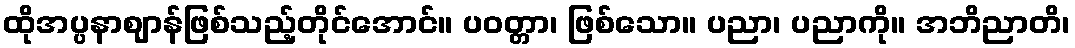
ထိုအပ္ပနာဈာန်ဖြစ်သည့်တိုင်အောင်။ ပဝတ္တာ၊ ဖြစ်သော။ ပညာ၊ ပညာကို။ အဘိညာတိ၊